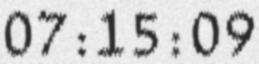
07:15:09